Scottish Leaving Certificate Examination, 1958
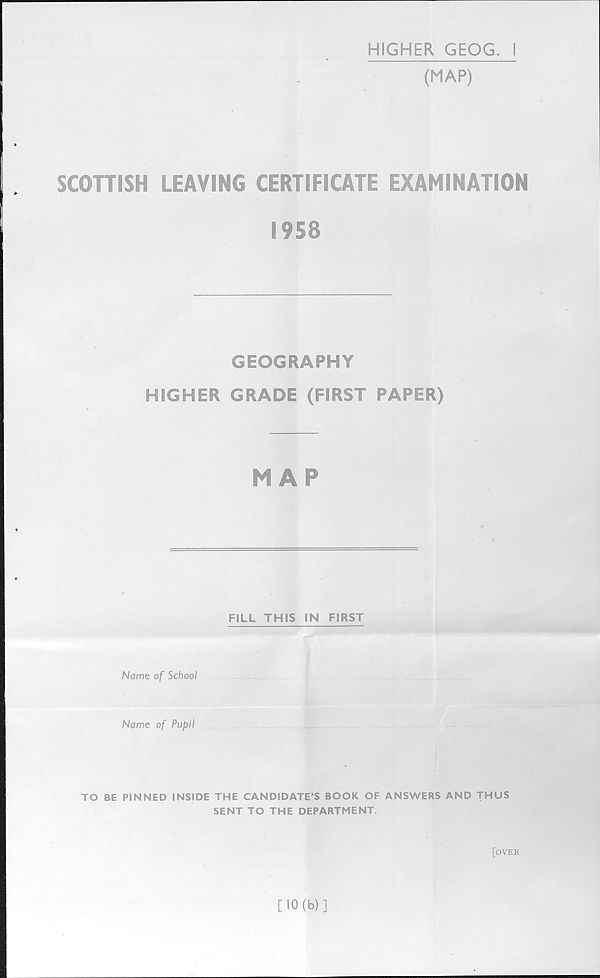
HIGHER GEOG. I
(MAP)
SCOTTISH LEAVING CERTIFICATE EXAMINATION
1958
GEOGRAPHY
HIGHER GRADE (FIRST PAPER)
MAP
FILL THIS IN FIRST
Name of School
Name of Pupil
.I;./...
TO BE PINNED INSIDE THE CANDIDATE’S BOOK OF ANSWERS AND THUS
SENT TO THE DEPARTMENT.
[over